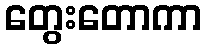
တွေးတောကာ